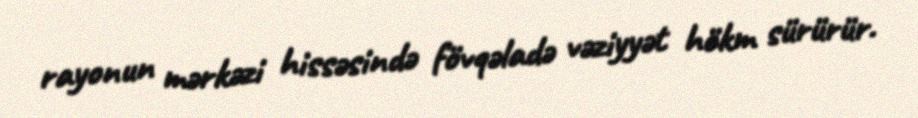
rayonun mərkəzi hissəsində fövqəladə vəziyyət hökm sürürür.